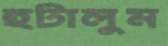
হটালুম